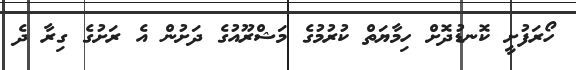
ހޯރަފުށީ ކޮނޑުދޮށް ހިމާޔަތް ކުރުމުގެ މަޝްރޫއުގެ ދަށުން އެ ރަށުގެ ގިރާ ދެ